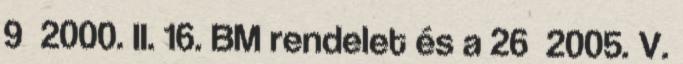
9 2000. II. 16. BM rendelet és a 26 2005. V.